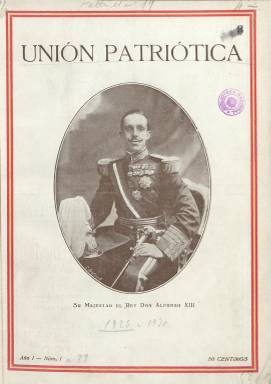
Título: Unión patriótica
Colección: Monarquismo
Ámbito geográfico: Madrid
Lugar de publicación: Madrid
Fechas: 01/10/1926-15/07/1930

Órgano oficial de Unión Patriótica (UP), el partido personalista fundado, el 14 de abril de 1924, por el general Miguel Primo de Rivera (1870-1930), para dar anclaje político y social a la Dictadura que había instaurado con un golpe de Estado, el 13 de septiembre del año anterior. Con el subtítulo “boletín quincenal”, comienza a publicarse el primero de octubre del año 1926, para seguir apareciendo en entregas de 36 páginas, que después aumentará, en las que mezcla el papel prensa con el cuché, especialmente para sus cubiertas, siempre ocupadas con el fotograbado de un gran retrato, empezando por el del rey Alfonso XIII, y siguiendo con el del dictador, los miembros de su gobierno y los principales dirigentes de su partido a nivel nacional y provincial, con una orla con los colores de la bandera española.

Se trata de una publicación muy bien cuidada formalmente con un formato de revista, compuesta a una y dos columnas, en la que proliferan los fotograbados tanto de los líderes del partido a nivel nacional y local y de las numerosas reuniones, actos y manifestaciones públicas que llevaron a cabo en las principales capitales españolas, que sirve también como fuente documental para conocer las composiciones de sus órganos de dirección, como de las circulares e instrucciones dictadas por la Oficina de Información Política del Directorio a los comités provinciales del partido. El boletín será fundado y dirigido por el secretario general de UP y a la vez director general de Acción Social y Emigración del gobierno, el militar Luis Benjumea Calderón (1877-1929), y tras su fallecimiento, por quien le sustituirá como secretario, Gabriel de Aristizábal.

Ya en su primer número se indicará que “las pruebas de todos los artículos” que inserta eran “revisadas y selladas por la censura militar”, impuesta por el mismo régimen, y el propio dictador señalará que la revista servirá para propagar y difundir el “ideal” de Unión Patriótica, de la que dirá que “no es un partido, sino un movimiento nacional, y por lo mismo requiere más apostolado”. La organización del partido se verá reflejada en el propio boletín, en cuya cabecera se indicará, primero que es órgano de la Oficina Central, posteriormente del Comité Ejecutivo Central y, por último, del Comité Ejecutivo Nacional.

Los contenidos de la publicación, encaminados a propagar la ideología y actividades de un partido que el dictador pretendió que fuera “único” en un nuevo Estado corporativo y autoritario, se estructuran en secciones, como Unión Patriótica en Madrid y provincias, La obra del Gobierno, Economía y finanzas, Nuestros grandes hombres (semblanzas biográficas, que empieza con la de Ramón y Cajal, y en la que Miguel Artigas escribirá la de Menéndez y Pelayo), Labor provincial y local, Notas e instrucciones oficiales o Libros y revistas, además de artículos doctrinales o editoriales, en los que no faltan la firma del propio dictador, con la denominación de “jefe nacional”, de los ministros y altos cargos de su gobierno y partido, así como reportajes y crónicas sobre la labor social o económica del régimen.

El boletín adoptará también el subtítulo de “revista quincenal ilustrada”, pues la profusión de sus fotograbados y parte de sus contenidos iban más allá de los estrictamente políticos o partidistas, de tal forma que las cubiertas a partir de septiembre de 1929 serán estampadas en cuatricromía y en las últimas se usarán fotografías de Paisajes Españoles. También insertará una abundante publicidad comercial. El 13 de septiembre de 1928, al cumplirse el quinto aniversario del golpe de Estado, editará una entrega extraordinaria de 274 páginas, correspondiente a los números 47-48.

Aparte de este boletín, Unión Patriótica y la Dictadura primoriverista contó como órgano “oficioso” con el diario de información general La Nación (1925-1936), que dirigirá Manuel Delgado Barreto (1879-1924), así como con decenas de otros periódicos. Tras el exilio y fallecimiento de Miguel Primo de Rivera, su partido será disuelto a la vez que sus dirigentes constituirán uno nuevo denominado Unión Monárquica Nacional (UMN). El número 92, correspondiente al 15 de julio de 1930, será el último del boletín Unión patriótica, y, siguiendo su secuencia, una nueva publicación lo sustituye con el título Unión monárquica, a partir del uno de agosto de ese año, que también forma parte de la colección hemerográfica de la Biblioteca Nacional de España.